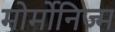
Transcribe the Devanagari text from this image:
मोर्मोनिज्म